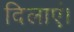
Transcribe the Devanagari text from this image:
दिलाएं।